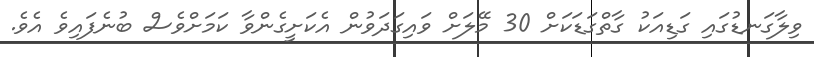
ވިލާގަނޑުގައި ގަޑިއަކު ގާތްގަޑަކަށް 30 މޭލަށް ވައިގަދަވުން އެކަށީގެންވާ ކަމަށްވެސް ބުނެފައިވެ އެވެ.